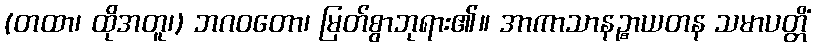
(တထာ၊ ထိုအတူ၊) ဘဂဝတော၊ မြတ်စွာဘုရား၏။ အာကာသာနဉ္စာယတန သမာပတ္တိံ